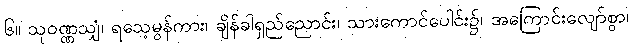
၆။ သုဝဏ္ဏသျှံ၊ ရသေ့မွန်ကား၊ ချိန်ခါရှည်ညောင်း၊ သားကောင်ပေါင်း၌၊ အကြောင်းလျော်စွာ၊